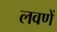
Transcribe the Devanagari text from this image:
लवणें